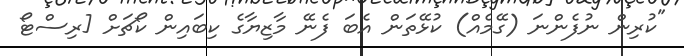
"ކުރިން ނުފެންނަ (ގޭމެއް) ކުޅޭތަން އެބަ ފެނޭ މާޒިޔާގެ ކިބައިން ކޯޗަށް [ރިސްޓޯ